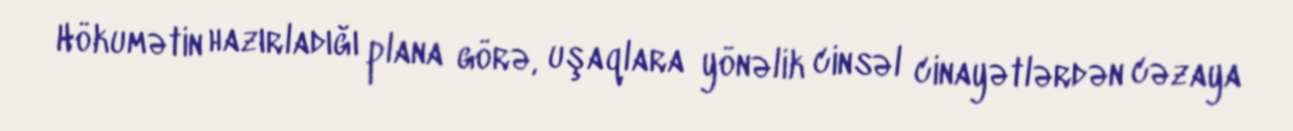
Hökumətin hazırladığı plana görə, uşaqlara yönəlik cinsəl cinayətlərdən cəzaya